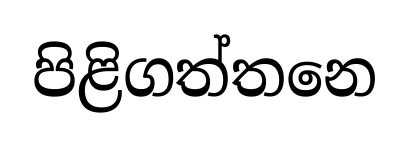
පිළිගත්තනෙ